Trukikaitis_Postimees, lk 146
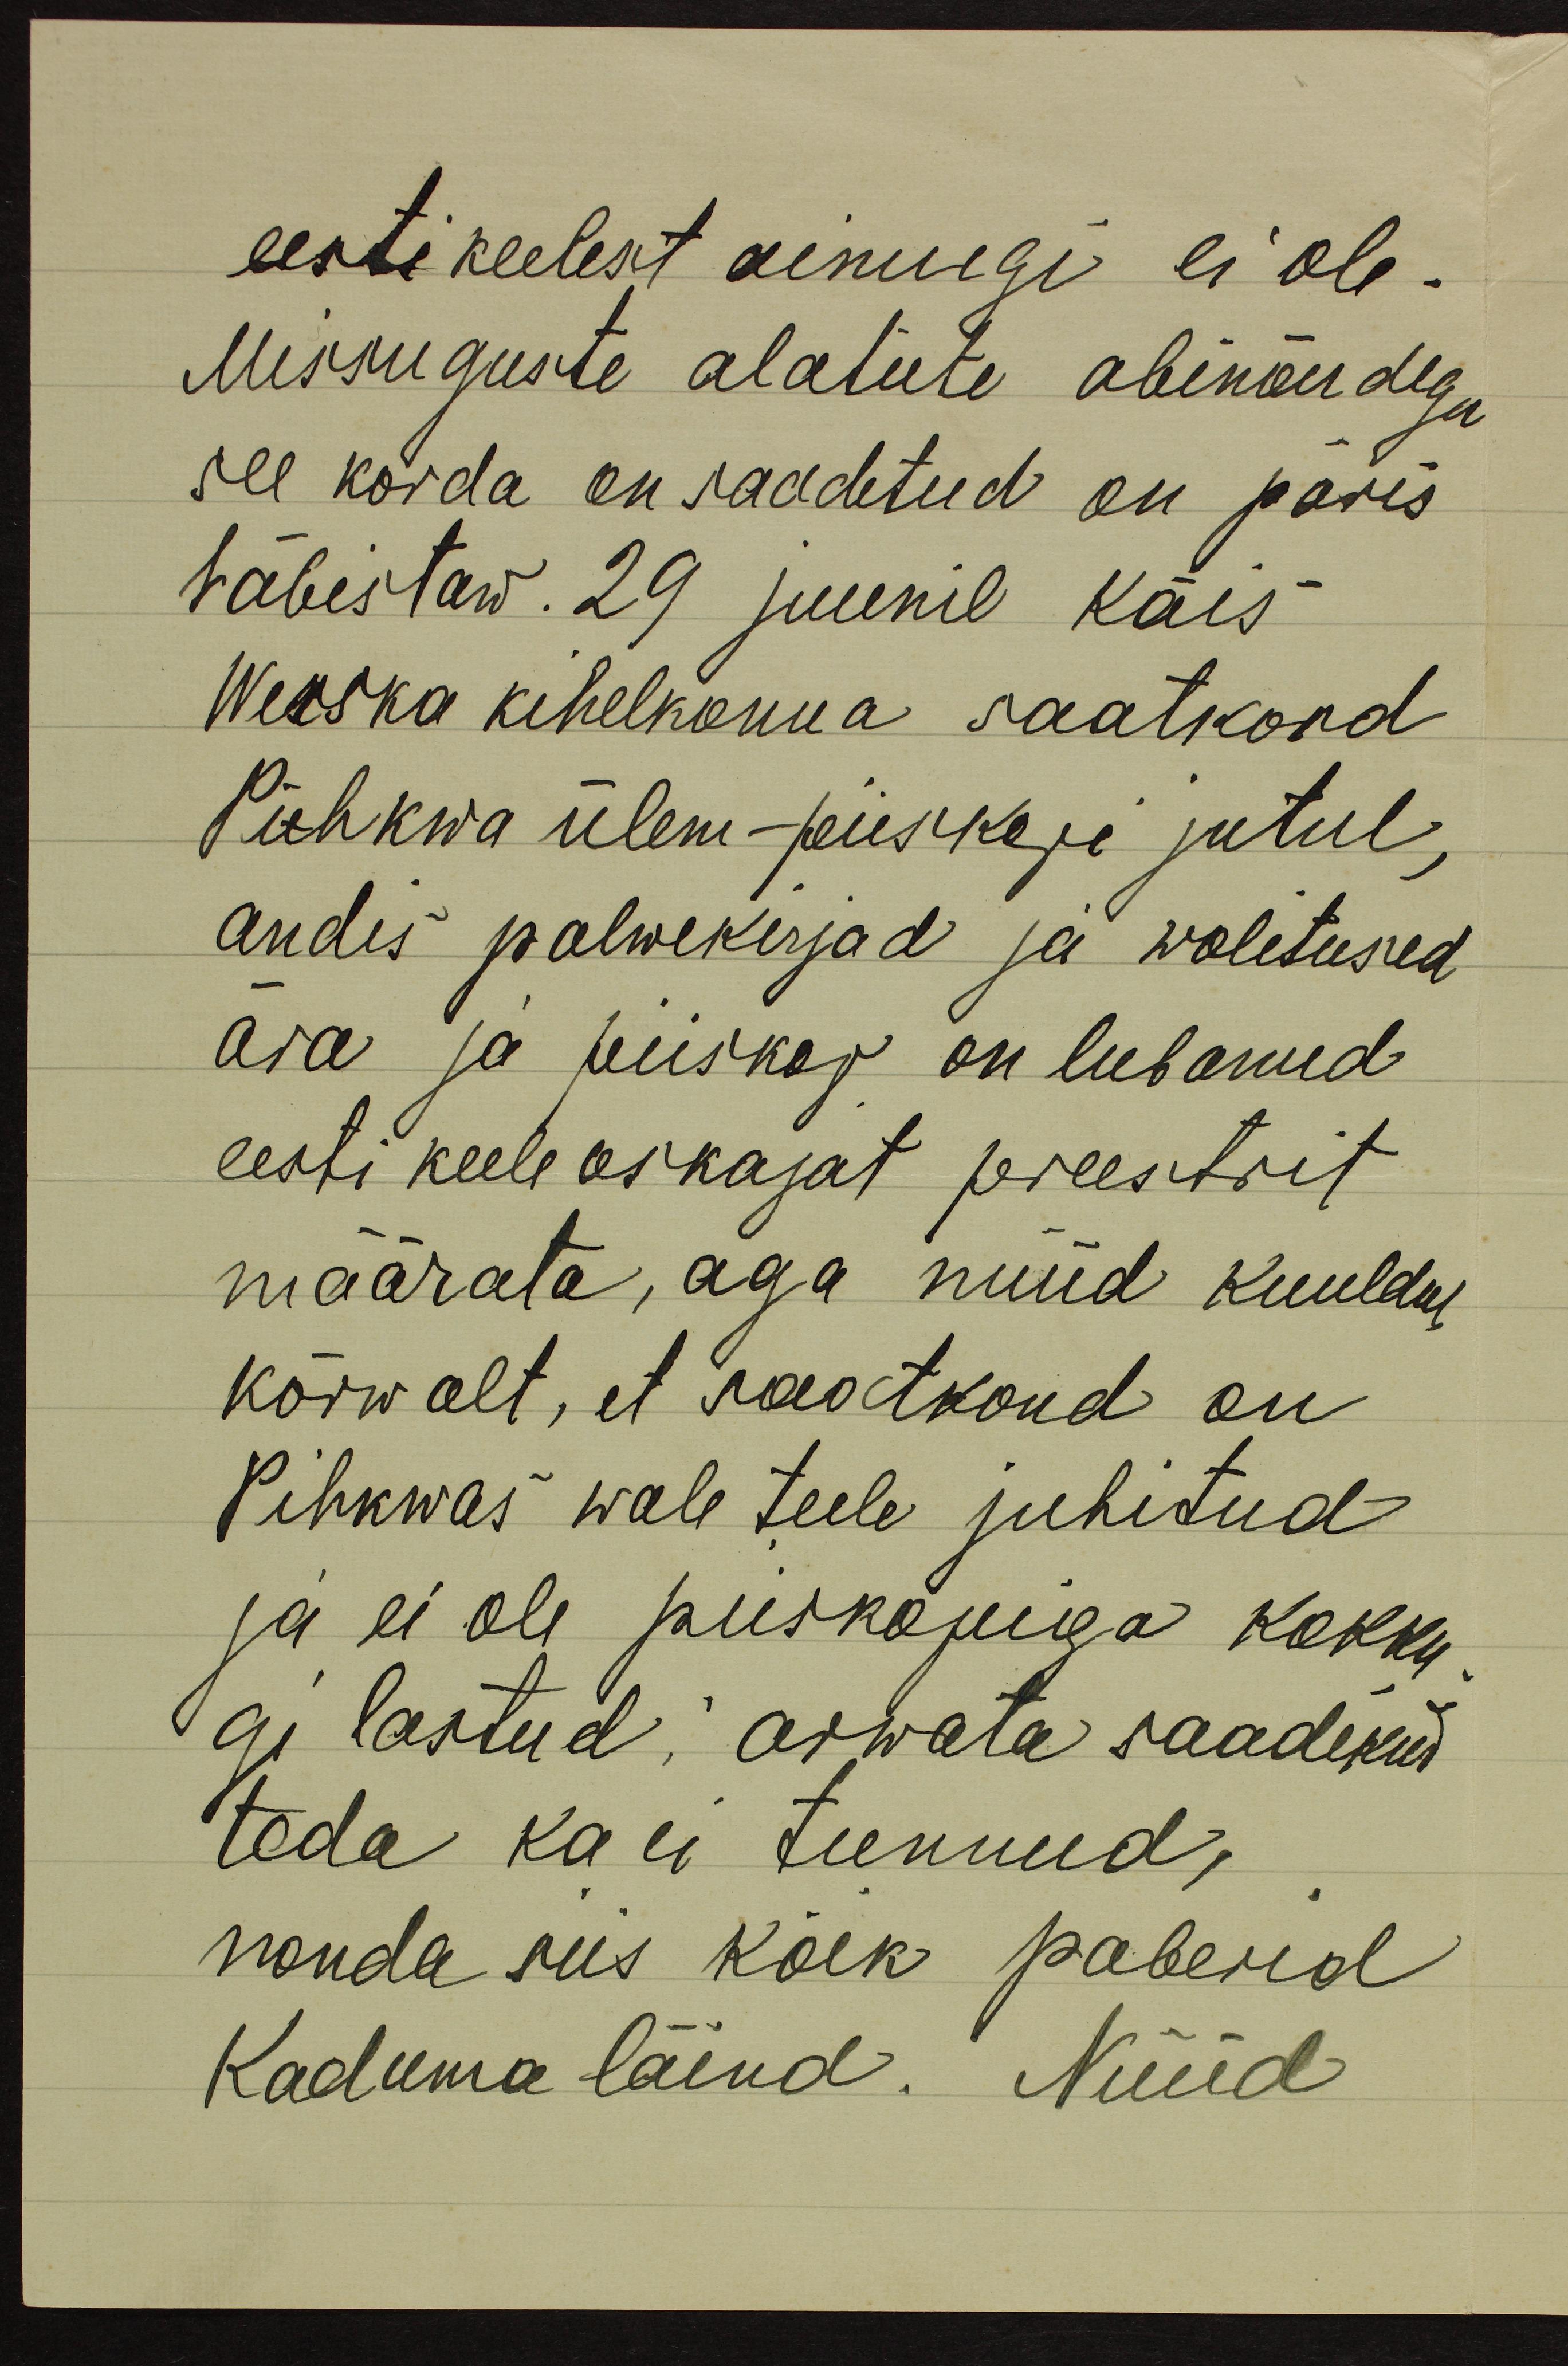
eesti keelest aimugi ei ole.
Missuguste alatute abinõudega
see korda on saadetud on päris
häbistaw. 29 juunil käis
Werska kihelkonna saatkond
Pihkwa ülem-piiskopi jutul,
andis palwekirjad ja wolitused
ära ja piiskop on lubanud
eesti keele oskajat preestrit
määrata, aga nüüd kuuldub
kõrwalt, et saatkond on
Pihkwas wale teele juhitud
ja ei ole piiskopiga kokku-
gi lastud: arwata saadikud
teda ka ei tunnud,
nonda siis kõik paberid
kaduma läind. Nüüd